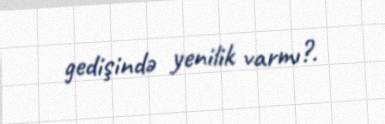
gedişində yenilik varmı?.